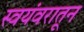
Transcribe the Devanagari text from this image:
स्वयंवरातून